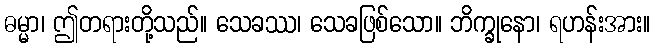
ဓမ္မာ၊ ဤတရားတို့သည်။ သေခဿ၊ သေခဖြစ်သော။ ဘိက္ခုနော၊ ရဟန်းအား။